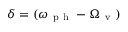
\delta = ( \omega _ { \mathrm { ~ p ~ h ~ } } - \Omega _ { \mathrm { ~ v ~ } } )